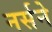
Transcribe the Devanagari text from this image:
नर्सने